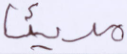
مريئا